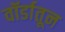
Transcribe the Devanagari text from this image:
वॉर्डातून